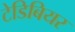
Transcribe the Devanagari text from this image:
टेडिबियर